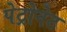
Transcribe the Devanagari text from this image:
पेट्रोनेट